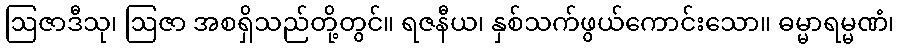
ဩဇာဒီသု၊ ဩဇာ အစရှိသည်တို့တွင်။ ရဇနီယ၊ နှစ်သက်ဖွယ်ကောင်းသော။ ဓမ္မာရမ္မဏံ၊